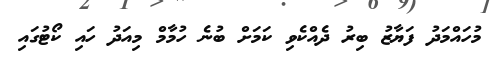
މުހައްމަދު ފަޔާޒު ބިރު ދެއްކެވި ކަމަށް ބުނެ ހުމާމް މިއަދު ހައި ކޯޓުގައި